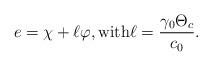
LaTeX: \begin{align*}e = \chi + \ell \varphi, \textrm{with} \ell = \frac{\gamma_0 \Theta_c}{c_0}.\end{align*}